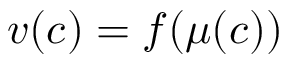
v ( c ) = f ( \mu ( c ) )